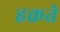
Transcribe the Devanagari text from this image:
हक्रते